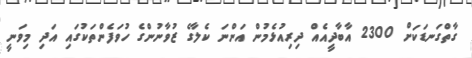
ގާތްގަނޑަކަށް 2300 އާބާދީއެއް ދިރިއުޅެމުން އަންނަ ކެލާގެ ޒުވާނުންގެ ހުވަފެންތަކުގައި އަދި މިވަނީ